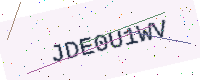
Text: JDE0U1WV